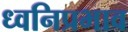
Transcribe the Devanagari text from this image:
ध्वनिप्रभाव